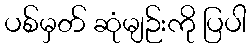
ပစ်မှတ် ဆုံမျဉ်းကို ပြပါ